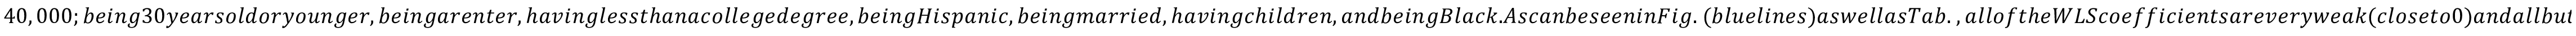
4 0 , 0 0 0 ; b e i n g 3 0 y e a r s o l d o r y o u n g e r , b e i n g a r e n t e r , h a v i n g l e s s t h a n a c o l l e g e d e g r e e , b e i n g H i s p a n i c , b e i n g m a r r i e d , h a v i n g c h i l d r e n , a n d b e i n g B l a c k . A s c a n b e s e e n i n F i g . ~ ( b l u e l i n e s ) a s w e l l a s T a b . ~ , a l l o f t h e W L S c o e f f i c i e n t s a r e v e r y w e a k ( c l o s e t o 0 ) a n d a l l b u t o n e a r e s t a t i s t i c a l l y i n s i g n i f i c a n t . T h e o n l y c o e f f i c i e n t t h a t i s s t a t i s t i c a l l y s i g n i f i c a n t i s p o s i t i v e a n d c o r r e s p o n d s t o t h e c h a r a c t e r i s t i c o f b e i n g H i s p a n i c . W e a l s o r e p e a t t h i s a n a l y s i s u s i n g O L S ( F i g . ~ , r e d l i n e s ) t o n o t o b s c u r e t h e e f f e c t o f t h e w e i g h t s o f